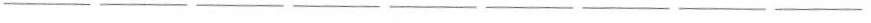
___